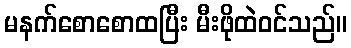
မနက်စောစောထပြီး မီးဖိုထဲဝင်သည်။